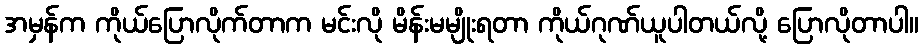
အမှန်က ကိုယ်ပြောလိုက်တာက မင်းလို မိန်းမမျိုးရတာ ကိုယ်ဂုဏ်ယူပါတယ်လို့ ပြောလိုတာပါ။